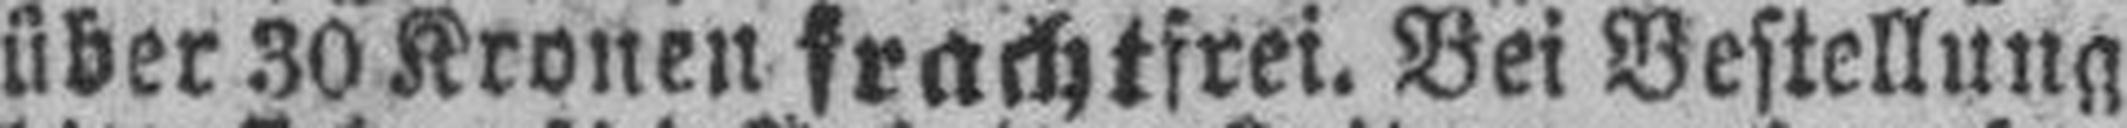
über 30 Kronen frachtfrei. Bei Bestellung